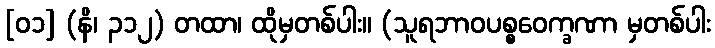
[၀၁] (နိ၊ ၃၁၂) တထာ၊ ထိုမှတစ်ပါး။ (သူရဘာဝပစ္စဝေက္ခဏာ မှတစ်ပါး